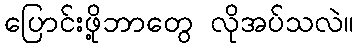
ပြောင်းဖို့ဘာတွေ လိုအပ်သလဲ။